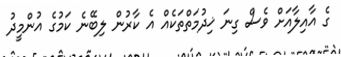
ގެ އާއިލާއަށް ވެސް ގިނަ ޚިދުމަތްތަކެއް އެ ކާރުން ލިބޭނެ ކަމުގެ އުންމީދު